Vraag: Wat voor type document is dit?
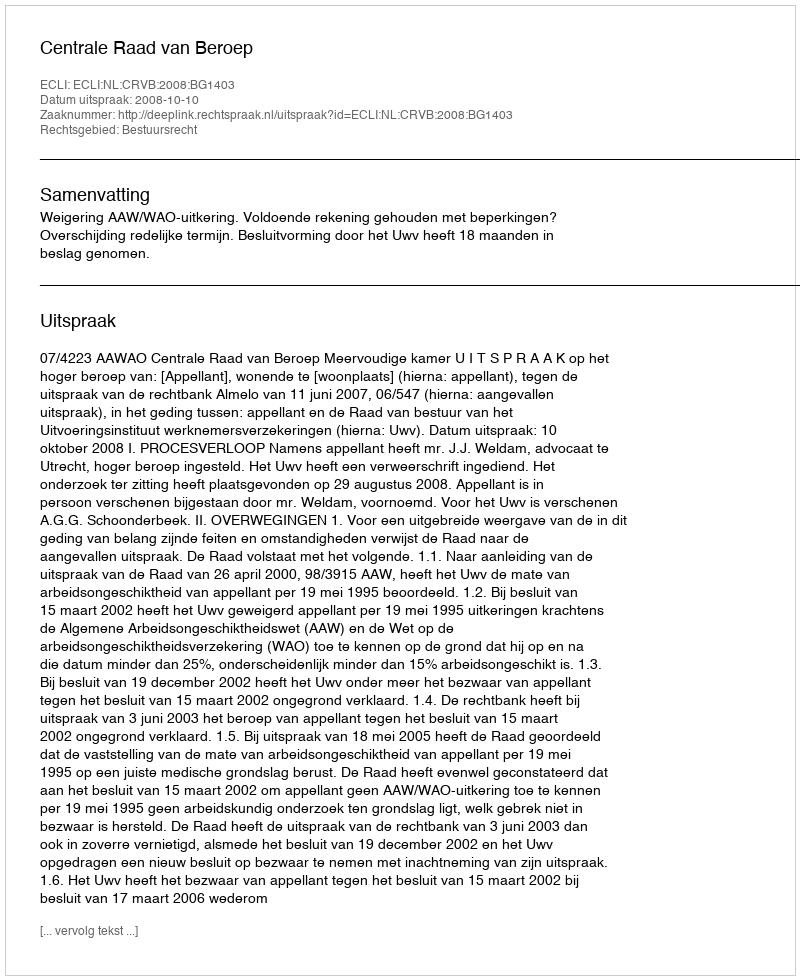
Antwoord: Uitspraak